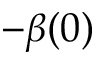
- \beta ( 0 )